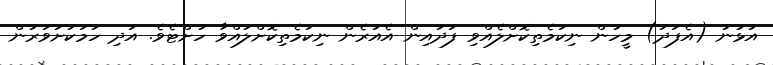
އުޅުނު (އެފަދަ) މީހުން ނިކަމެތިކޮށްލެއްވި ފަދައިން އެއުރެން ނިކަމެތިކޮށްލައްވާ ހުށްޓެވެ. އަދި ހަމަކަށަވަރުން